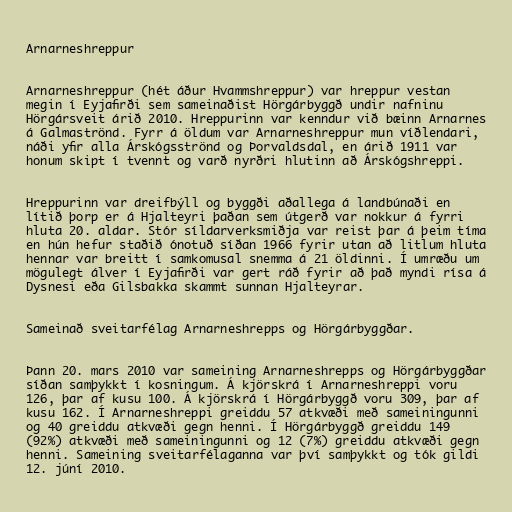
Arnarneshreppur

Arnarneshreppur (hét áður Hvammshreppur) var hreppur vestan
megin í Eyjafirði sem sameinaðist Hörgárbyggð undir nafninu
Hörgársveit árið 2010. Hreppurinn var kenndur við bæinn Arnarnes
á Galmaströnd. Fyrr á öldum var Arnarneshreppur mun víðlendari,
náði yfir alla Árskógsströnd og Þorvaldsdal, en árið 1911 var
honum skipt í tvennt og varð nyrðri hlutinn að Árskógshreppi.

Hreppurinn var dreifbýll og byggði aðallega á landbúnaði en
lítið þorp er á Hjalteyri þaðan sem útgerð var nokkur á fyrri
hluta 20. aldar. Stór síldarverksmiðja var reist þar á þeim tíma
en hún hefur staðið ónotuð síðan 1966 fyrir utan að litlum hluta
hennar var breitt í samkomusal snemma á 21 öldinni. Í umræðu um
mögulegt álver í Eyjafirði var gert ráð fyrir að það myndi rísa á
Dysnesi eða Gilsbakka skammt sunnan Hjalteyrar.

Sameinað sveitarfélag Arnarneshrepps og Hörgárbyggðar.

Þann 20. mars 2010 var sameining Arnarneshrepps og Hörgárbyggðar
síðan samþykkt í kosningum. Á kjörskrá í Arnarneshreppi voru
126, þar af kusu 100. Á kjörskrá í Hörgárbyggð voru 309, þar af
kusu 162. Í Arnarneshreppi greiddu 57 atkvæði með sameiningunni
og 40 greiddu atkvæði gegn henni. Í Hörgárbyggð greiddu 149
(92%) atkvæði með sameiningunni og 12 (7%) greiddu atkvæði gegn
henni. Sameining sveitarfélaganna var því samþykkt og tók gildi
12. júní 2010.